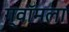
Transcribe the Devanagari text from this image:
ग्वॉमला